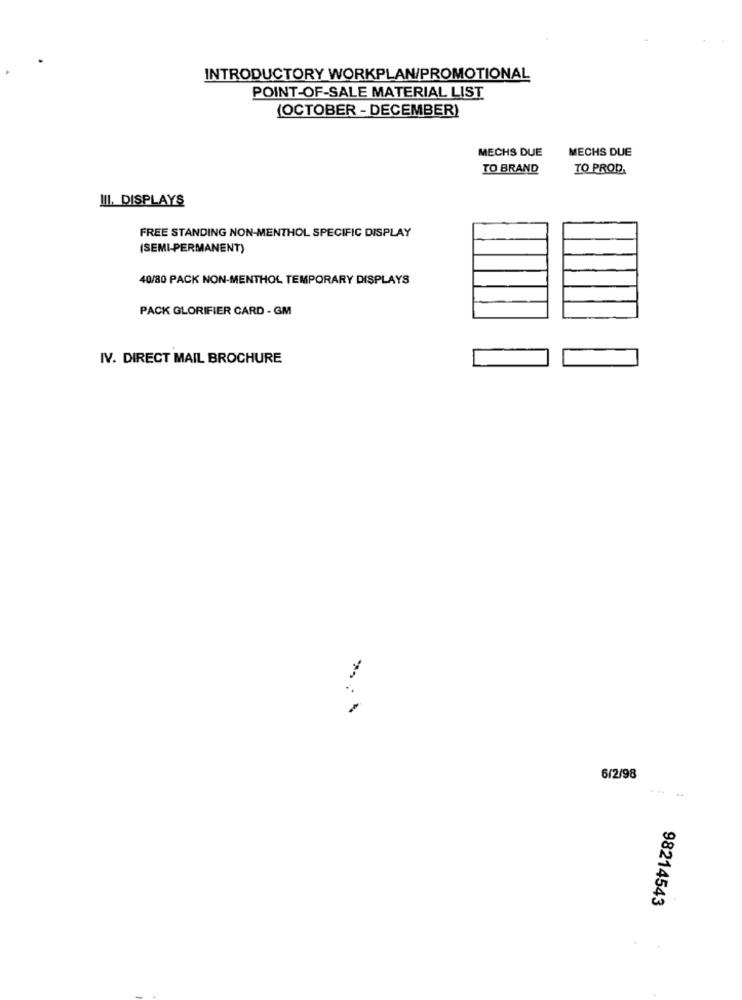
INTRODUCTORY WORKPLAN/PROMOTIONAL
POINT-OF-SALE MATERIAL LIST
(OCTOBER - DECEMBER)
MECHS DUE
MECHS DUE
TO BRAND
TO PROD.
III. DISPLAYS
FREE STANDING NON-MENTHOL SPECIFIC DISPLAY
(SEMI-PERMANENT)
40/80 PACK NON-MENTHOL TEMPORARY DISPLAYS
PACK GLORIFIER CARD - GM
IV. DIRECT MAIL BROCHURE
6/2/98
98214543